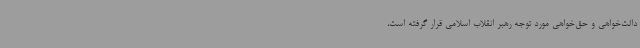
دالت‌خواهی و حق‌خواهی مورد توجه رهبر انقلاب اسلامی قرار گرفته است،